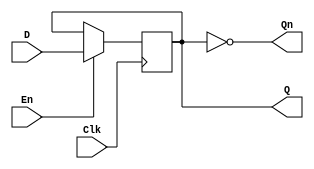
module edge_triggered_gated_latch (
    input wire D,      // Data Input
    input wire Clk,    // Clock
    input wire En,     // Enable
    output reg Q,      // Output
    output wire Qn     // Complementary Output
);

    // Complementary output
    assign Qn = ~Q;

    // Edge-triggered behavior with gating
    always @(posedge Clk) begin
        if (En) begin
            Q <= D;  // Capture the input D when Enable is high
        end
        // If En is low, Q retains its previous value
    end

endmodule